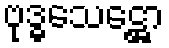
ဗုဒ္ဓသေဋ္ဌော